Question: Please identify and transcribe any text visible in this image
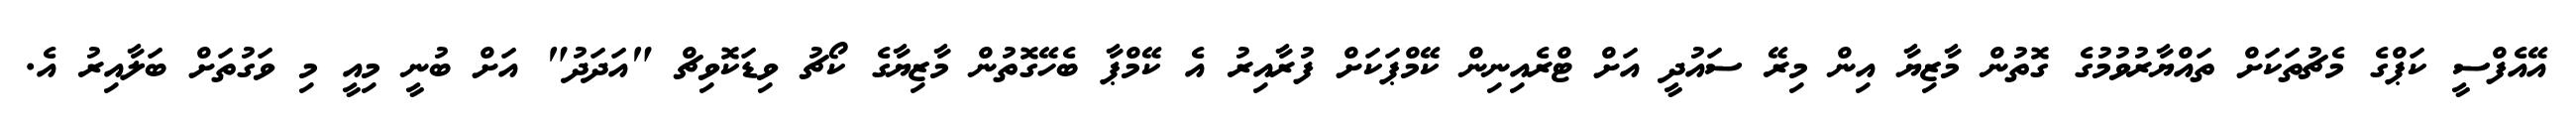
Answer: އޭއެފްސީ ކަޕްގެ މެޗުތަކަށް ތައްޔާރުވުމުގެ ގޮތުން މާޒިޔާ އިން މިރޭ ސައުދީ އަށް ޓްރެއިނިން ކޭމްޕަކަށް ފުރާއިރު އެ ކޭމްޕާ ބެހޭގޮތުން މާޒިޔާގެ ކޯޗު ވިޑަކޮވިޗް "އަދަދު" އަށް ބުނީ މިއީ މި ވަގުތަށް ބަލާއިރު އެ.